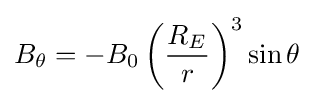
B_{\theta }=-B_{0}\left({\frac {R_{E}}{r}}\right)^{3}\sin \theta